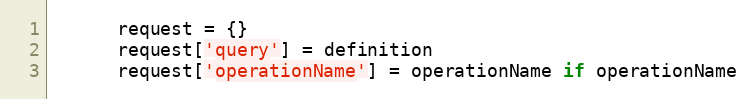
Language: Ruby
      request = {}
      request['query'] = definition
      request['operationName'] = operationName if operationName